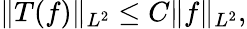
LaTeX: \| T(f)\| _{L^{2}}\leq C\| f\| _{L^{2}},